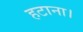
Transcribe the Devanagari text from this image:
हटाना।